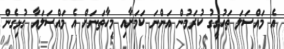
އެ މައްސަލަ ތަހުގީގު ކުރަމުން އަންނަ ކަމަށާއި މިހާތަނަށް އެ މައްސަލައާ ގުޅިގެން